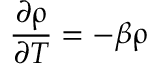
\frac { \partial \uprho } { \partial T } = - \beta \uprho